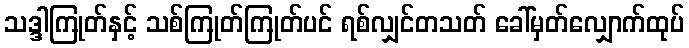
သဒ္ဒါကြုတ်နှင့် သစ်ကြုတ်ကြုတ်ပင် ရစ်လျှင်တသတ် ခေါ်မှတ်လျှောက်ထုပ်